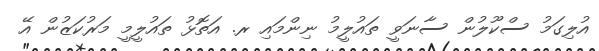
އުލިގަމު ސްކޫލުން ސާނަވީ ތައުލީމު ނިންމައި ރ. އަތޮޅު ތައުލީމީ މަރުކަޒުން އޭ